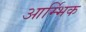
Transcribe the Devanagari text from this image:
आर्म्भिक